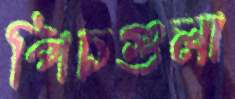
পিচগুলা